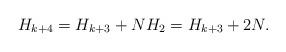
LaTeX: \begin{align*} H_{k+4} = H_{k+3} + NH_2 = H_{k+3} + 2N.\end{align*}